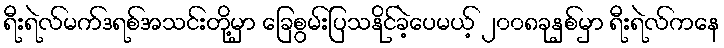
ရီးရဲလ်မက်ဒရစ်အသင်းတို့မှာ ခြေစွမ်းပြသနိုင်ခဲ့ပေမယ့် ၂၀၀၈ခုနှစ်မှာ ရီးရဲလ်ကနေ